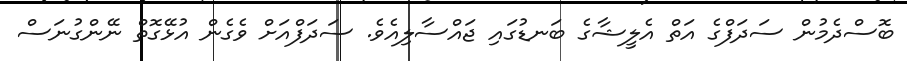
ބޮސްދެމުން ސަދަފްގެ އަތް އެލީޝާގެ ބަނޑުގައި ޖައްސާލިއެވެ. ސަދަފްއަށް ވެގެން އުޅޭގޮތް ނޭންގުނަސް